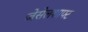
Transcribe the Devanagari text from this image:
जेसेलशाफ्ट